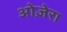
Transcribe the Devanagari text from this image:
ओज़ेरा